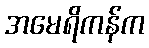
အမေရိကန်က